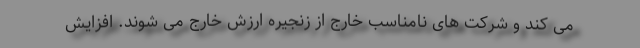
می کند و شرکت های نامناسب خارج از زنجیره ارزش خارج می شوند. افزایش